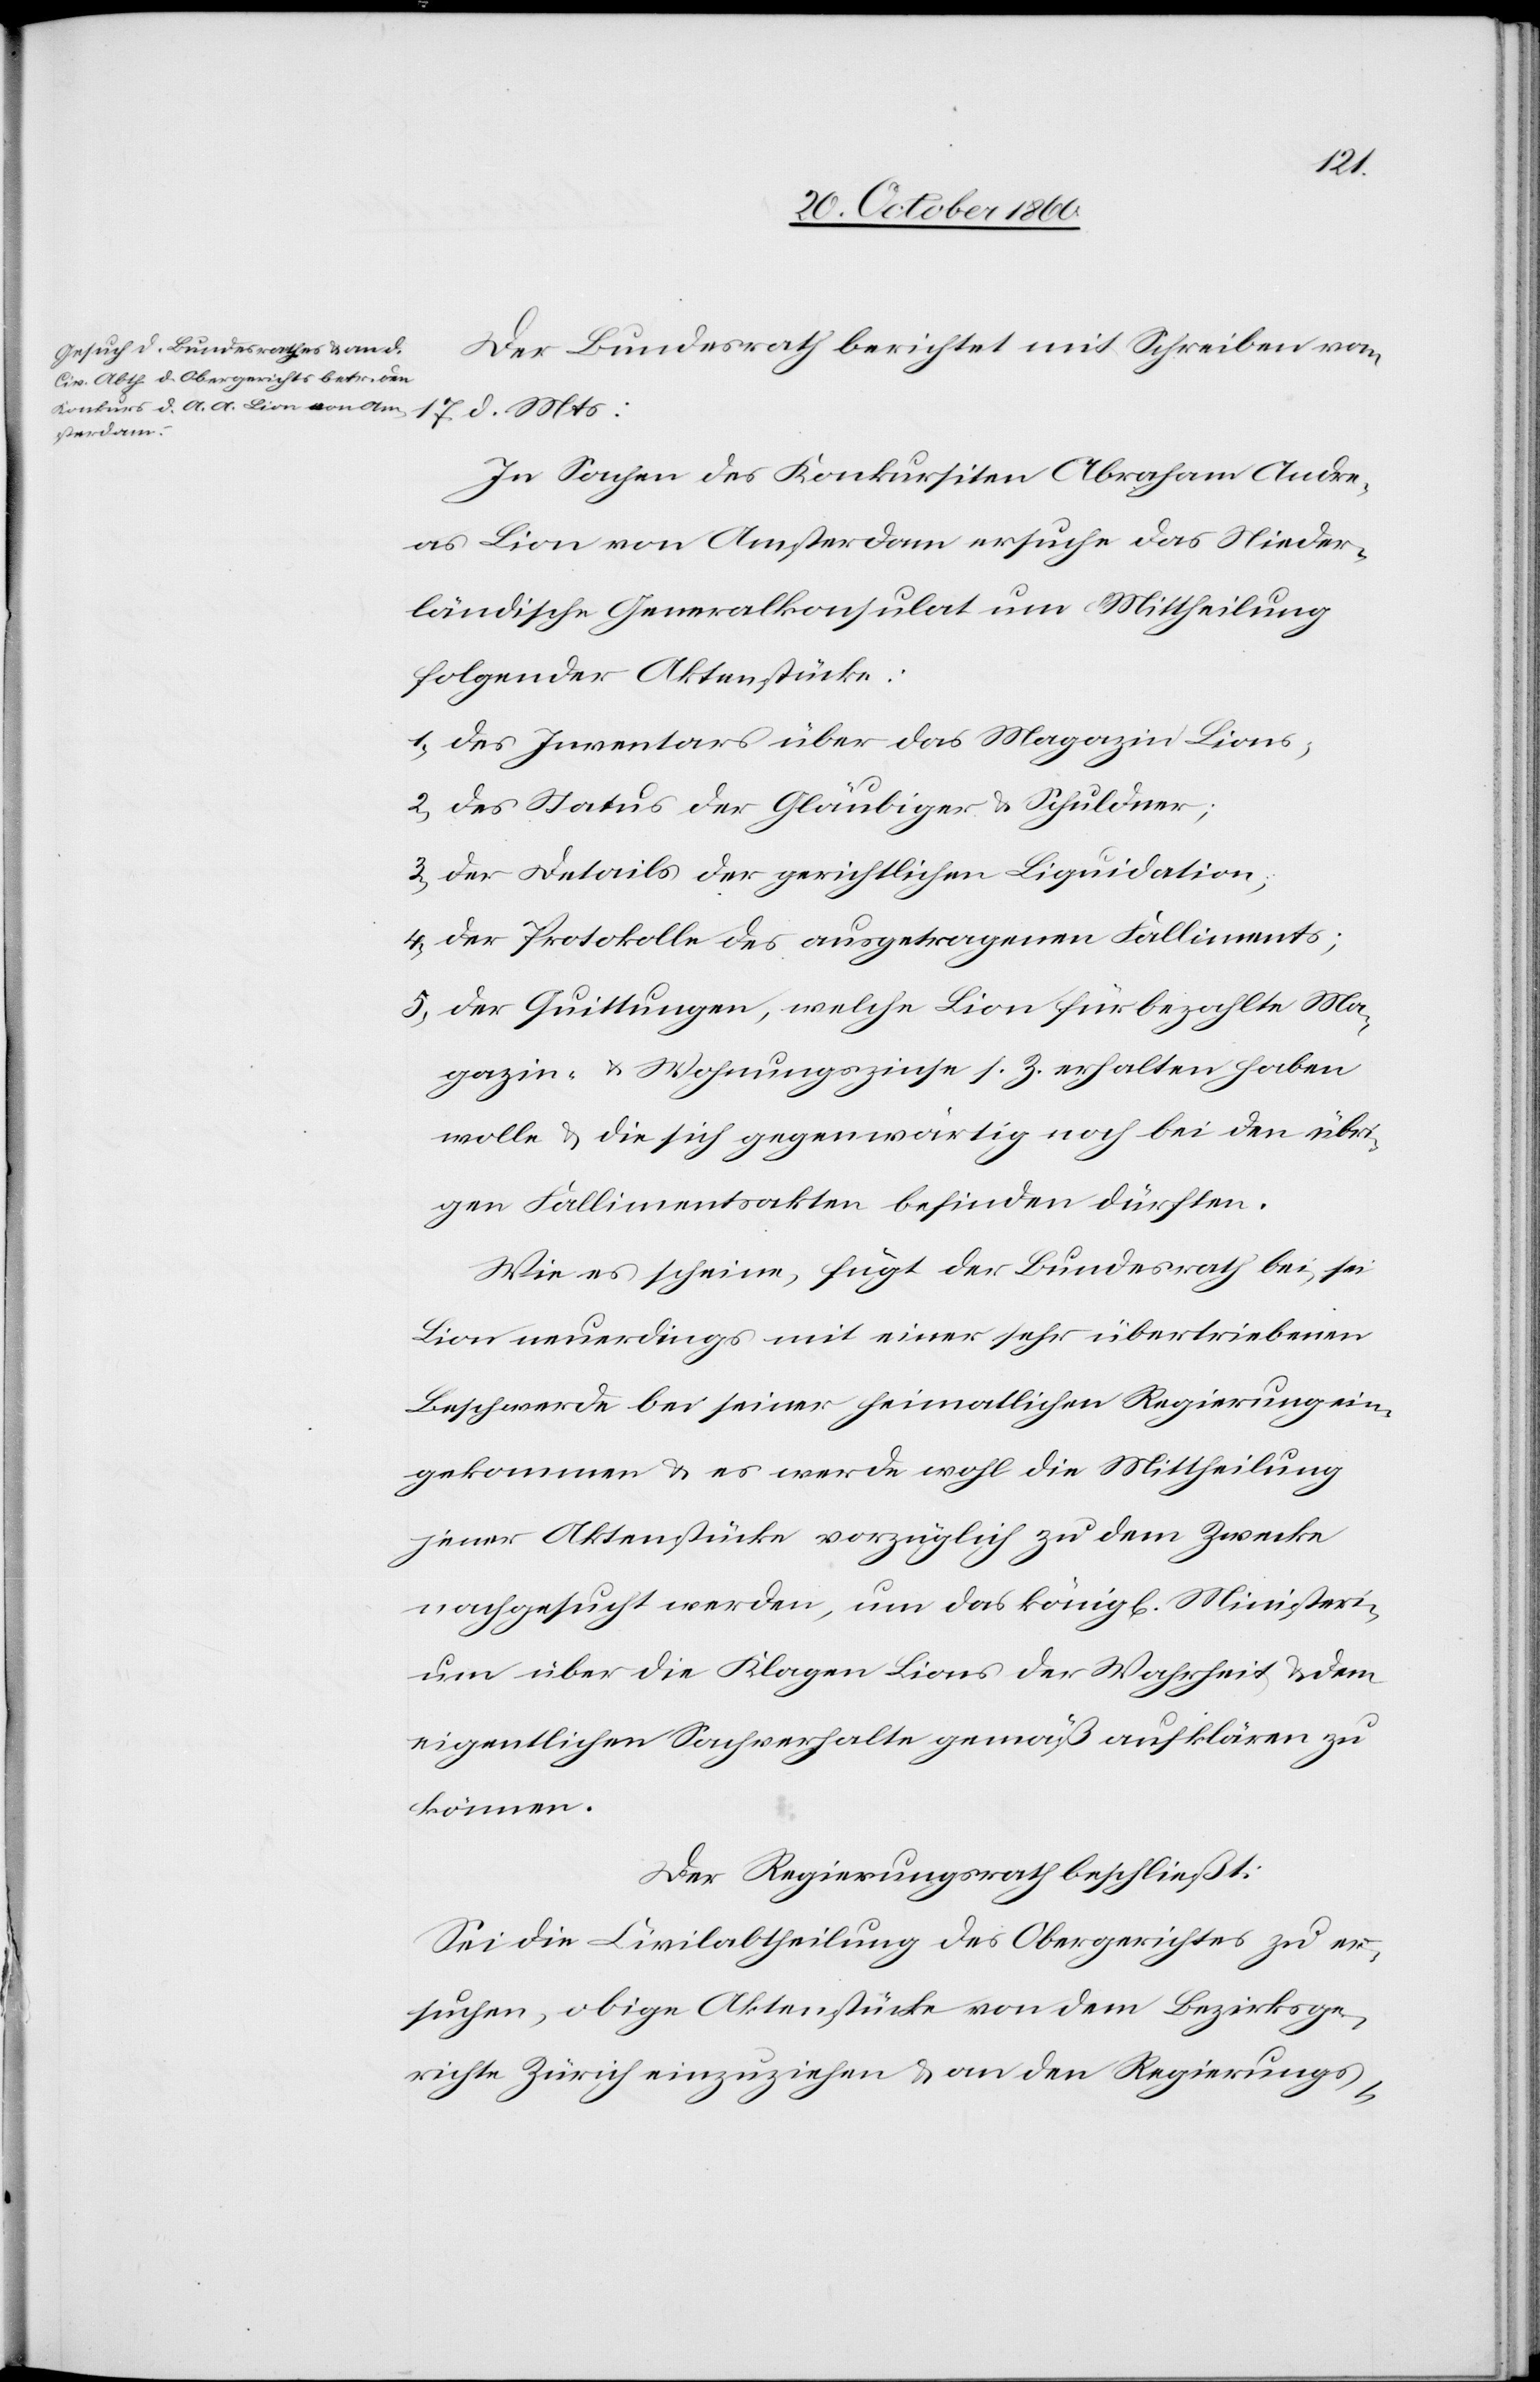
Der Bundesrath berichtet mit Schreiben vom
17. d. Mts:
In Sachen des Konkursiten Abraham Andre¬
as Lion von Amsterdam ersuche das Nieder¬
ländische Generalkonsulat um Mittheilung
folgender Aktenstücke:
1) des Inventars über das Magazin Lions;
2) des Status der Gläubiger u. Schuldner;
3) der Details der gerichtlichen Liquidation;
4) der Protokolle des ausgetragenen Falliments;
5) der Quittungen, welche Lion für bezahlte Ma¬
gazin- u. Wohnungszinse s. Z. erhalten haben
wolle u. die sich gegenwärtig noch bei den übri¬
gen Fallimentsakten befinden dürften.
Wie es scheine, fügt der Bundesrath bei, sei
Lion neuerdings mit einer sehr übertriebenen
Beschwerde bei seiner heimatlichen Regierung ein¬
gekommen u. es werde wohl die Mittheilung
jener Aktenstücke vorzüglich zu dem Zwecke
nachgesucht werden, um das könig[liche] Ministeri¬
um über die Klagen Lions der Wahrheit u. dem
eigentlichen Sachverhalte gemäß aufklären zu
können.
Der Regierungsrath beschließt:
Sei die Civilabtheilung des Obergerichtes zu er¬
suchen, obige Aktenstücke von dem Bezirksge¬
richte Zürich einzuziehen u. an den Regierungs-